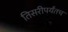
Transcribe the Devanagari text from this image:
तिसरीपर्यंतच